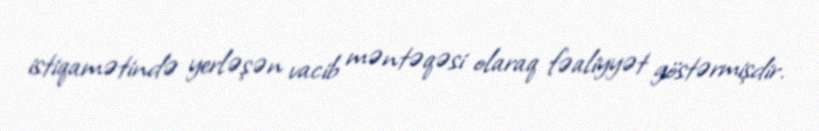
istiqamətində yerləşən vacib məntəqəsi olaraq fəaliyyət göstərmişdir.